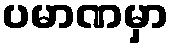
ပမာဏမှာ